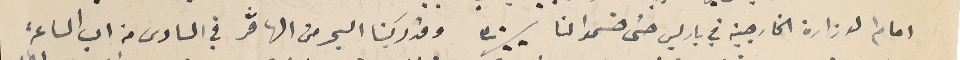
امام الوزارة الخارجية في باريس حتى حسَموا لنا  ٣٠/٠٠ وقد ركبنا البحر من الهاڤر في السادس من اب الساعة